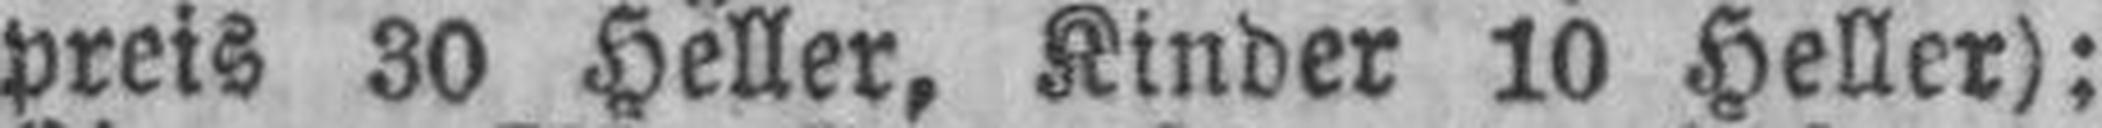
preis 30 Heller, Kinder 10 Heller):